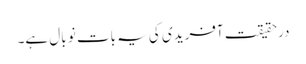
درحقیقت آفریدی کی یہ بات نو بال ہے۔